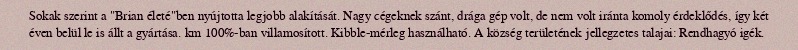
Sokak szerint a "Brian életé"ben nyújtotta legjobb alakítását. Nagy cégeknek szánt, drága gép volt, de nem volt iránta komoly érdeklődés, így két éven belül le is állt a gyártása. km 100%-ban villamosított. Kibble-mérleg használható. A község területének jellegzetes talajai: Rendhagyó igék.